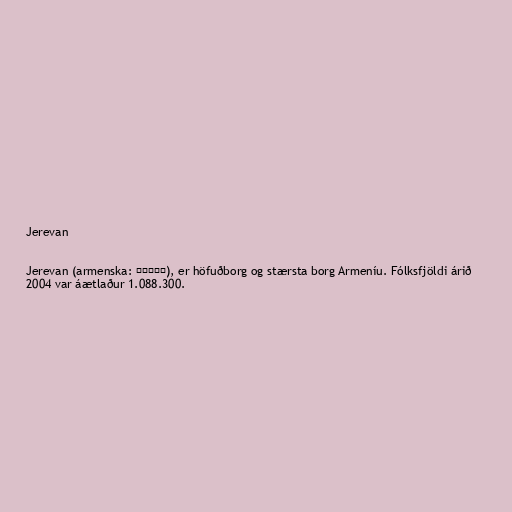
Jerevan

Jerevan (armenska: Երևան), er höfuðborg og stærsta borg Armeníu. Fólksfjöldi árið
2004 var áætlaður 1.088.300.